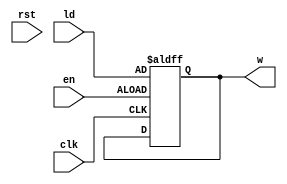
module Reg8(input [7:0]ld,input clk,en,rst,output reg [7:0]w);
  always @(posedge clk,posedge en) 
    if(en)
      w<=ld;
    /*if(rst)
      w<=0;
    else*/ 
endmodule